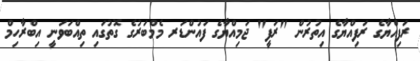
ރަފިއްޔާގެ ރަފިއްޔާގެ އިތުރުން "ރަފީ" ޖަމިއްޔާގެ ފައުންޑަރ މެމްބަރުގެ ގޮތުގައި ތިއްބަވަނީ އިބްރާހިމް